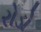
રોડો